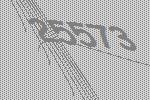
25573